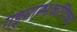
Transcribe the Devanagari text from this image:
गङ्गाम्भःकणिका